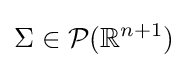
\Sigma \in {\mathcal {P}}(\mathbb {R} ^{n+1})